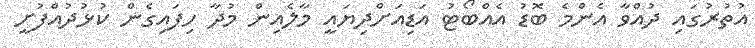
އުތުރުގައި ދުއްވާ އެންމެ ބޮޑު އެއްބޯޓު އަޑިއަށްދިޔައީ މާލެއިން މުދާ ހިފައިގެން ކުޅުދުއްފުށީ